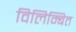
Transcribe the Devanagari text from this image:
विलिम्बित